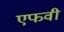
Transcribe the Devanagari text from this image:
एफवी